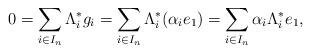
LaTeX: \begin{align*}0=\sum_{i\in I_n}\Lambda_i^*g_i=\sum_{i\in I_n}\Lambda_i^*(\alpha_i e_1)=\sum_{i\in I_n}\alpha_i\Lambda_i^*e_1,\end{align*}